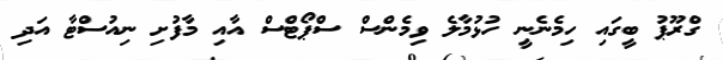
ގްރޫޕު ބީގައި ހިމެނެނީ ހުޅުމާލެ ވިމެންސް ސްޕޯޓްސް އާއި މާފުށި ނިއުސްޓާ އަދި